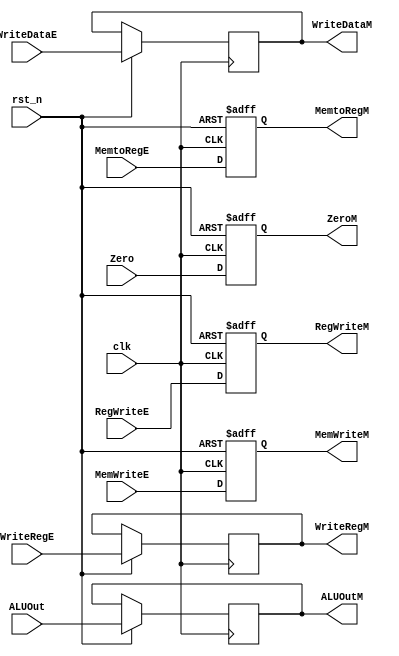
/*

	File name    : EX_MEM_Register
	LastEditors  : H
	LastEditTime : 2021-11-03 21:09:08
	Last Version : 1.0
	Description  : Pipeline Stage Register : EX/MEM
	
	----------------------------------------------------------------------------------------
	
	Author       : H
	Date         : 2021-11-03 21:09:07
	FilePath     : \MIPS_Pipeline\EX_MEM_Register.v
	Copyright 2021 H, All Rights Reserved. 

*/
module EX_MEM_Register(
    // System Clock
    input        clk,
    input        rst_n,

    // User Interface
    input       [31:0]  ALUOut,
    input       [31:0]  WriteDataE,
    input       [4:0]   WriteRegE, 
    input               Zero,

    output  reg [31:0]  ALUOutM,
    output  reg [31:0]  WriteDataM,
    output  reg [4:0]   WriteRegM,
    output  reg         ZeroM,

    // Control Unit Input
    input               RegWriteE,
    input               MemtoRegE,
    input               MemWriteE,
    // WB Signal
    output  reg         RegWriteM,
    output  reg         MemtoRegM,
    // MEM Signal
    output  reg         MemWriteM
);
/*******************************************************************************
 *                                 Main Code
*******************************************************************************/

    always @(posedge clk or negedge rst_n ) begin
        if(!rst_n)begin
            ZeroM       <= 1'b0;
            RegWriteM   <= 1'b0;
            MemtoRegM   <= 1'b0;
            MemWriteM   <= 1'b0;
        end
        else begin
            // 97 bits 
            ALUOutM     <= ALUOut;
            WriteDataM  <= WriteDataE;
            WriteRegM   <= WriteRegE;
            ZeroM       <= Zero;

            // Control Unit Signal
            RegWriteM   <= RegWriteE;
            MemtoRegM   <= MemtoRegE;
            MemWriteM   <= MemWriteE;
        end
    end

endmodule